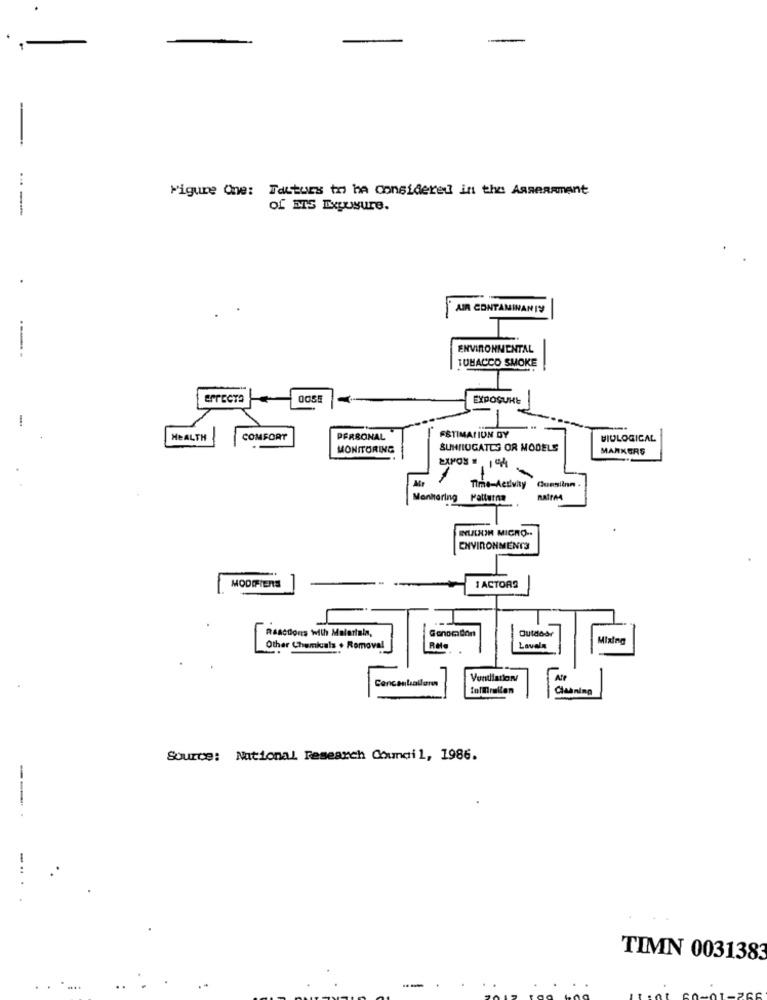
...
Figure One: Tauturs to ha Considered in the AaseRAment
of ETS Exposure.
UR CONTAMINAN 19
ENVIRONMENTAL
TUMACCO SMOKE
ErTECTO
EXPOSURE
-
HEALTH
COMFORT
PERSONAL
ESTIMATION DY
BIOLOGICAL
MONITORING
SUHHIOGATES OR MODELS
MARKERS
-
Time-Activity
Monharing
Palturna
RATTAA
INUDUN MICRO -.
ENVIRONMENTS
MODIFIERS
1 ACTORS
Outdoor
Reactions With Malerinin,
Mixing
Other Chemicals + Removal
Lavala
Att
forellen
Cleaning
Source: National Research Council, 1986.
---
TIMN 0031383